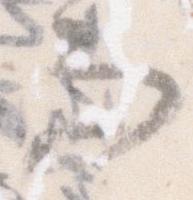
而